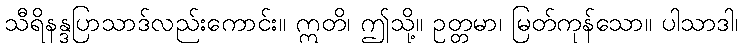
သီရိနန္ဒပြာသာဒ်လည်းကောင်း။ ဣတိ၊ ဤသို့။ ဥတ္တမာ၊ မြတ်ကုန်သော။ ပါသာဒါ၊